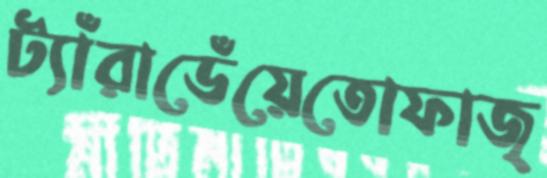
ট্যাঁরাডেঁয়েতোফাজ্